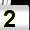
Digit: 2